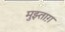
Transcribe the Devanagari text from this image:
मुझ्ताग़